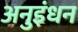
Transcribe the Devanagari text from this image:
अनुइंधन